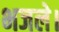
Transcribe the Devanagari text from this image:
भजले।